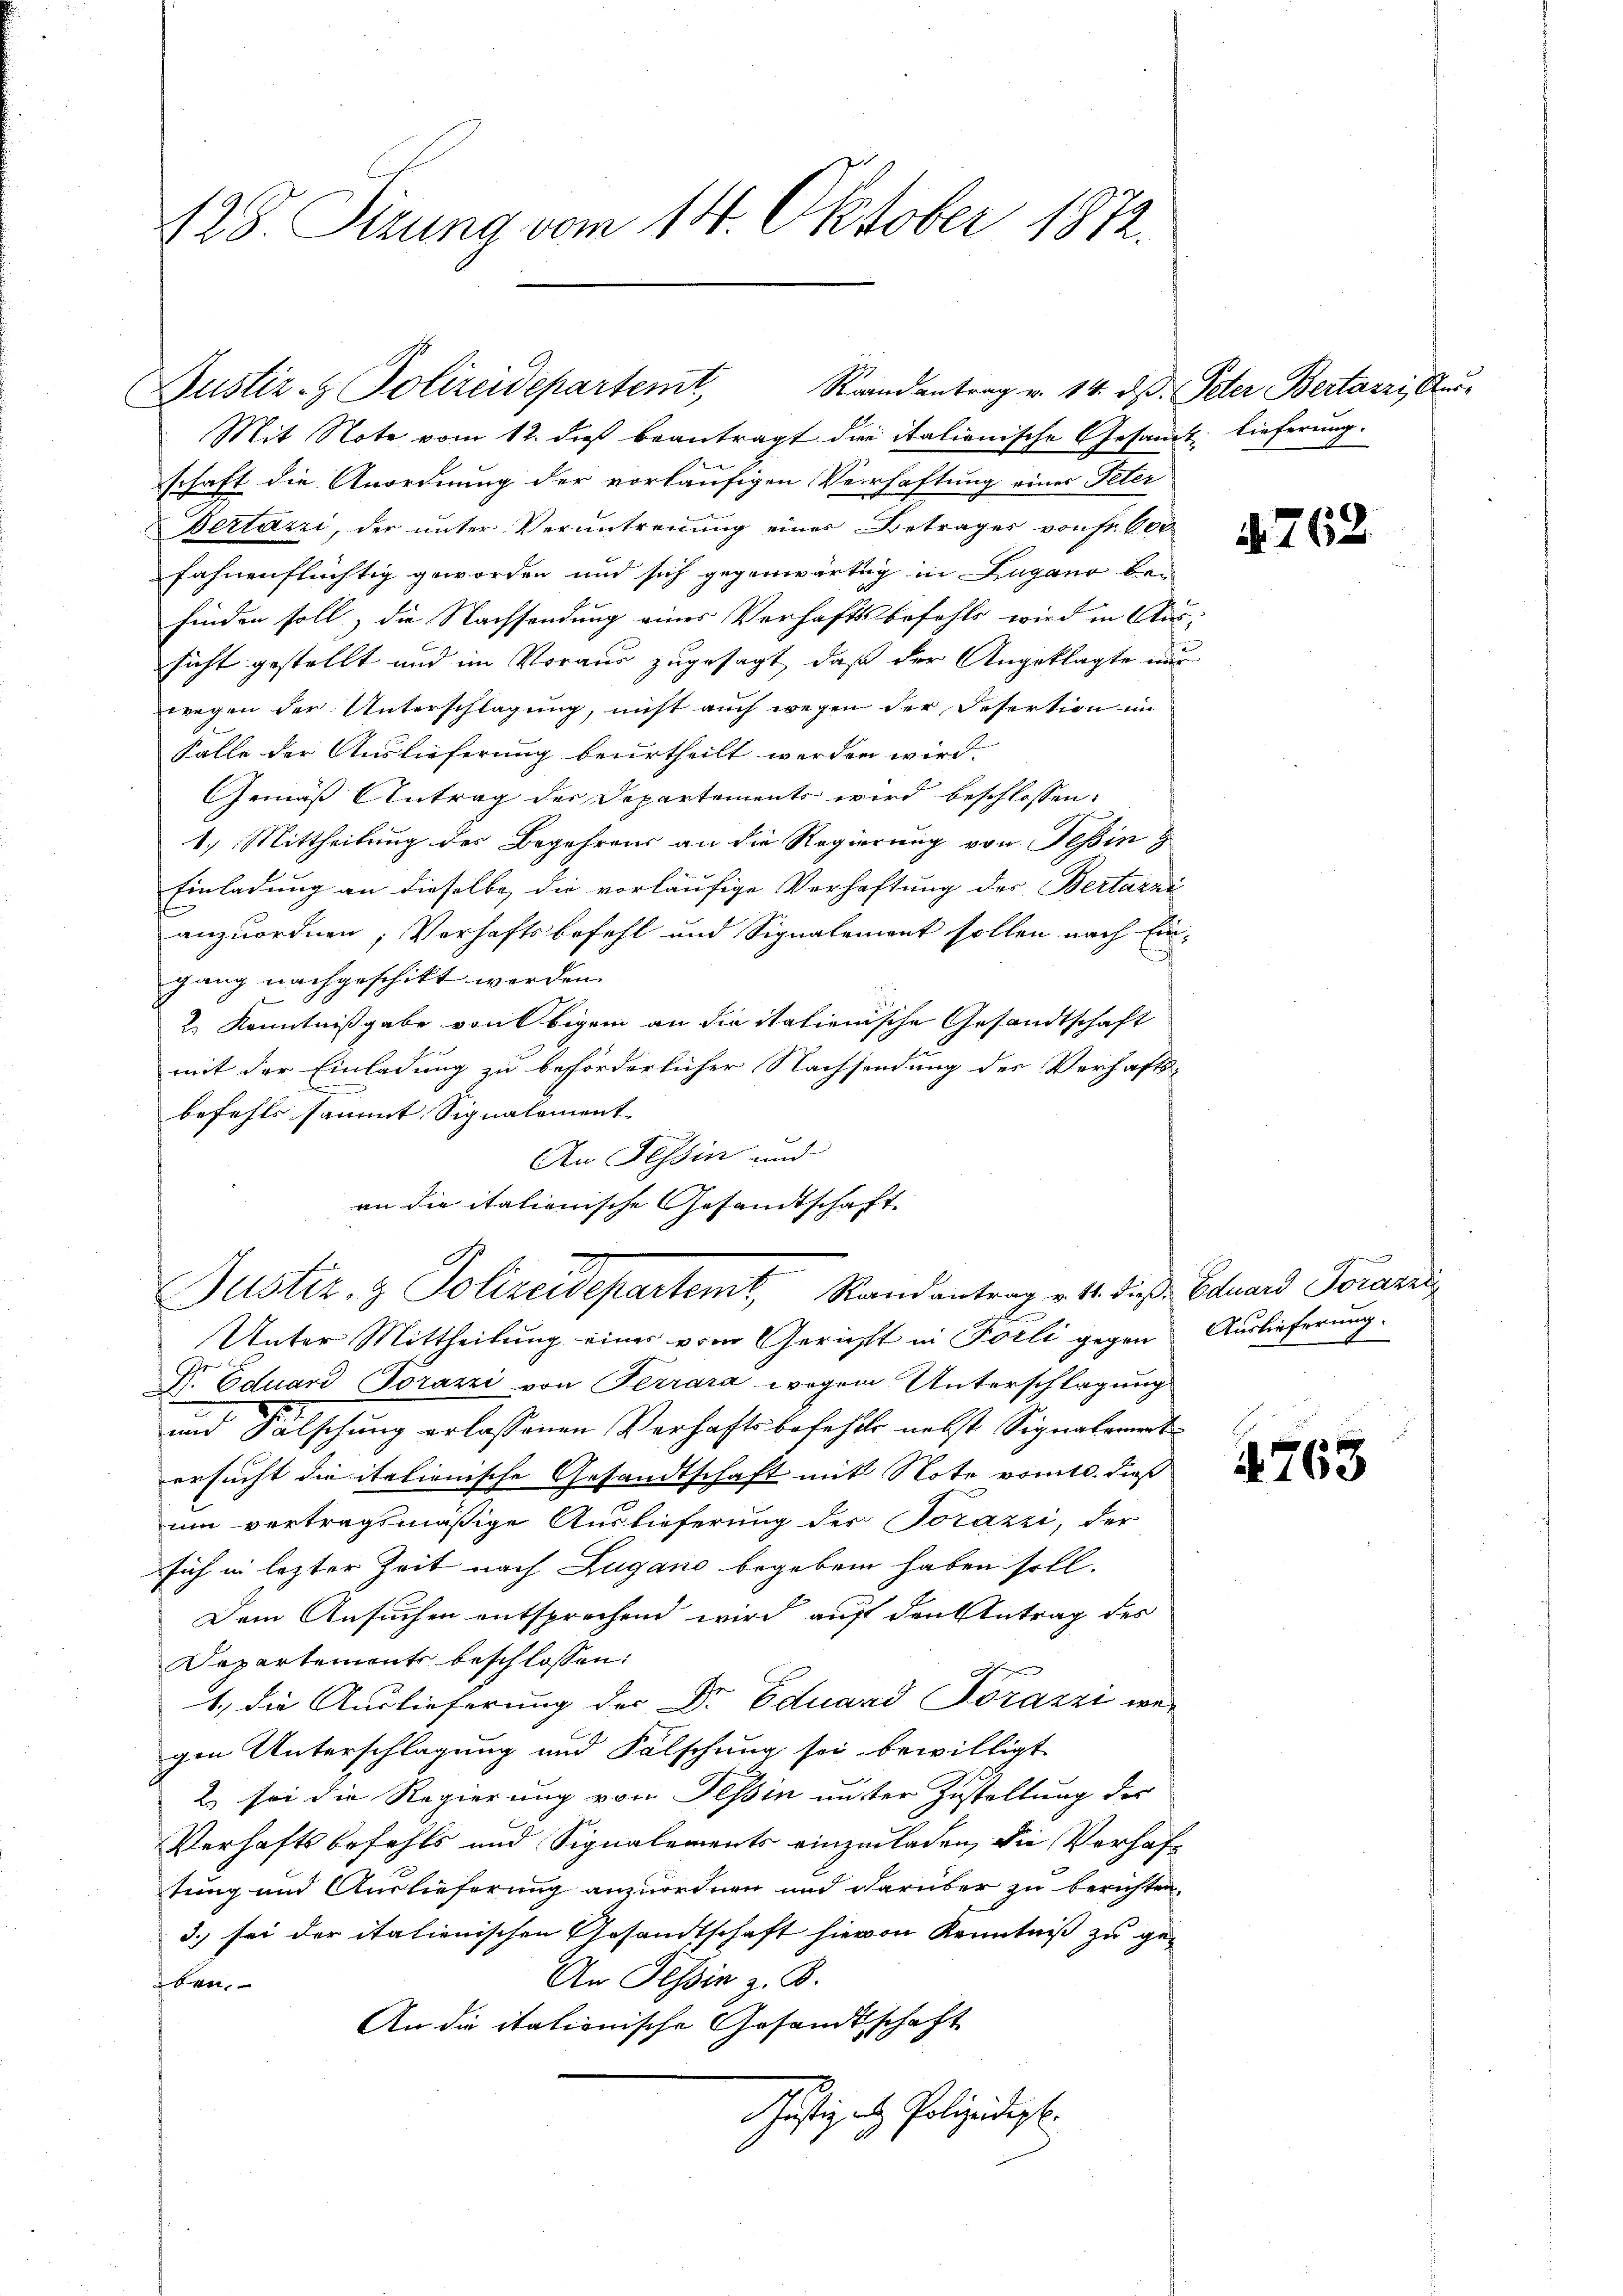
428. Sizung vom 14. Oktober 1872.

Mit Note vom 12. dieß beantragt die italienische Gesandt lieferung.
2
schaft die Anordnung der vorläufigen Verhaftung eines Peter
Bertazzi, der unter Veruntreuung eines Betrages von sr. 600
fahnenflüchtig geworden und sich gegenwärtig in Lugano befinden soll, die Nachsendung eines Verhaftsbefehls wird in Aussicht gestellt und im Voraus zugesagt, daß der Angeklagte nur
wegen der Unterschlagung, nicht auch wegen der Desertion im
Falle der Auslieferung beurtheilt werden wird.
Gemäß Antrag der Departements wird beschlossen:
1.) Mittheilung des Begehrens an die Regierung von Teßin g
Einladung an dieselbe die vorläufige Verhaftung der Bertarni
anzuordnen; Verhaftsbefehl und Signalement sollen nach Ein-
gang nachgeschikt werden.
2. Kenntnißgabe von bigem an die italienische Gesandtschaft
mit der Einladung zu beförderlicher Nachsendung der Verhafts-
befehls sammt Signalement
An Tessin und
an die italienische Gesandtschaft

Raandantrag v. 14. ds. Peter Bertazzi, Aus
Justiz- & Polizeidepartemt,

Justiz- & Polizeidepartemt, Randantrag v. 4. dieß. Eduard Torarii

Unter Mittheilung eines vom Gericht in Forli gegen Auslieferung.
Sr. Eduard Torazzi von Terrara wegen Unterschlagung
und Fälschung erlassenen Verhaftsbefehlte nebst Signalements
ersucht die italionische Gesandtschaft mit Note vom 10. dieß
um vertragsmäßige Auslieferung der Torazzi, der
sich in lezter Zeit nach Zugano begeben haben soll.
Dem Ansuchen entsprechend wird auf den Antrag des
Departements beschlossen:
1. die Auslieferung der Dr. Eduard Torazzi wer
gen Unterschlagung und Fälschung sei bewilligt
2) sei die Regierung von Tessin unter Zustaltung des
Verhaftsbefehls und Signalements einzuladen, die Verhaftung und Auslieferung anzuordnen und darüber zu berichten.
3.) sei der italienischen Gesandtschaft hievon Kenntniß zu ge¬
An Tessin z. B.
ben.
An die itationische Gesandtschaft
Justiz als Polizeidigt.

762.

763